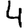
Digit: 4